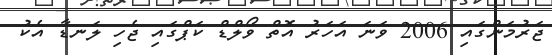
ޖަރުމަންގައި 2006 ވަނަ އަހަރު އޮތް ވޯލްޑް ކަޕްގައި ޖެހި ލަނޑާ އެކު